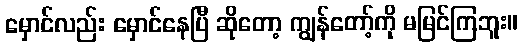
မှောင်လည်း မှောင်နေပြီ ဆိုတော့ ကျွန်တော့်ကို မမြင်ကြဘူး။